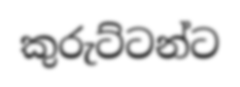
කුරුට්ටන්ට